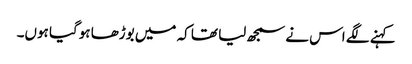
کہنے لگے اس نے سمجھ لیا تھا کہ میں بوڑھا ہوگیا ہوں۔